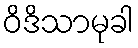
ဝိဒိသာမုခါ